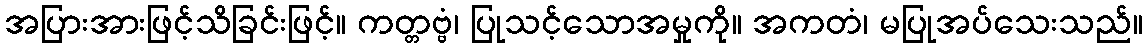
အပြားအားဖြင့်သိခြင်းဖြင့်။ ကတ္တဗ္ဗံ၊ ပြုသင့်သောအမှုကို။ အကတံ၊ မပြုအပ်သေးသည်။